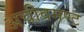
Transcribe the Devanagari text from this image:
अचीवमेण्ट